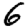
Digit: 6